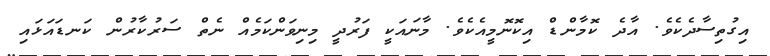
އިގުތިސާދެކެވެ. އާދެ ކޮމާންޑް އިކޮނޮމީއެކެވެ. މާނައަކީ ފަރުދީ މިނިވަންކަމެއް ނެތް ސަރުކާރުން ކަނޑައަޅައި